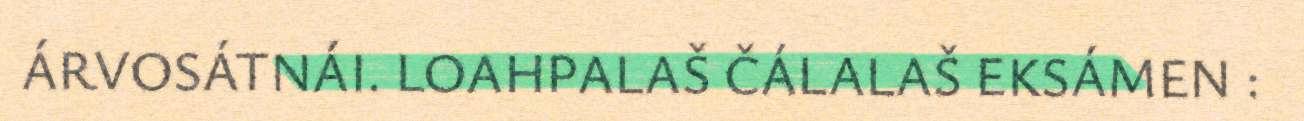
ÁRVOSÁTNÁI. LOAHPALAŠ ČÁLALAŠ EKSÁMEN :